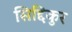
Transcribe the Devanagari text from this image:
सिद्दिकुर